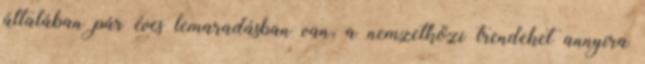
általában pár éves lemaradásban van, a nemzetközi trendeket annyira